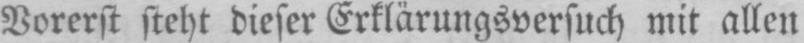
Vorerst steht dieser Erklärungsversuch mit allen